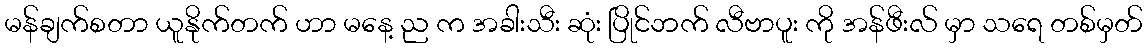
မန်ချက်စတာ ယူနိုက်တက် ဟာ မနေ့ ည က အခါးသီး ဆုံး ပြိုင်ဘက် လီဗာပူး ကို အန်ဖီးလ် မှာ သရေ တစ်မှတ်